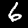
Digit: 6